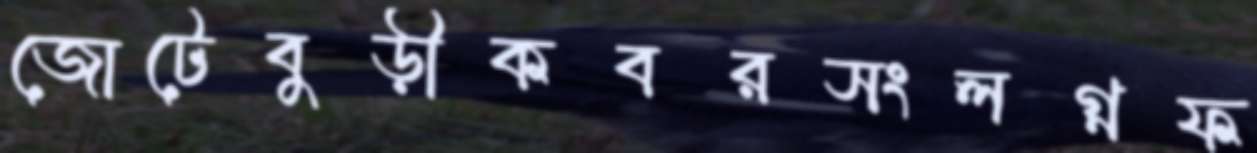
জোটেবুড়ীকবরসংলগ্নফ